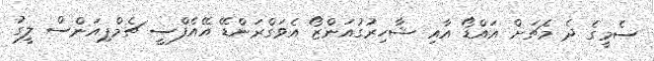
ސެމީގެ ދެ މެޗަށް އައްޑޯ އާއި ޝާހިރުގުއަންޒޯ އެވަގްރަންޑޭ އޭއެފްސީ ޗެމްޕިއަންސް ލީގު